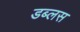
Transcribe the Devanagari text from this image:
डब्लस